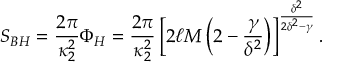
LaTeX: S _ { B H } = { \frac { 2 \pi } { \kappa _ { 2 } ^ { 2 } } } \Phi _ { H } = { \frac { 2 \pi } { \kappa _ { 2 } ^ { 2 } } } \left[ 2 \ell M \left( 2 - { \frac { \gamma } { \delta ^ { 2 } } } \right) \right] ^ { \frac { \delta ^ { 2 } } { 2 \delta ^ { 2 } - \gamma } } .